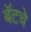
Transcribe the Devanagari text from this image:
बॅटचे